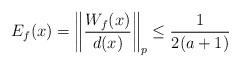
LaTeX: \begin{align*} E_f(x) = \left\| \frac{W_f(x)}{d(x)} \right\|_p \le \frac{1}{2(a + 1)}\end{align*}